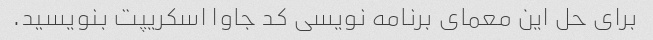
برای حل این معمای برنامه نویسی کد جاوا اسکریپت بنویسید.